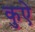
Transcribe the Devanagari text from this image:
कुऐ